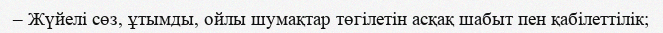
– Жүйелі сөз, ұтымды, ойлы шумақтар төгілетін асқақ шабыт пен қабілеттілік;